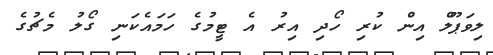
ލިވަޕޫލް އިން ކުރި ހޯދި އިރު އެ ޓީމުގެ ހަމައެކަނި ގޯލު މެޗުގެ